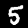
Digit: 5